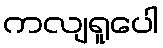
ကလျရူပေါ